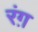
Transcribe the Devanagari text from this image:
रंग़